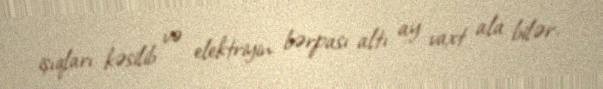
işıqları kəsilib və elektriyin bərpası altı ay vaxt ala bilər.